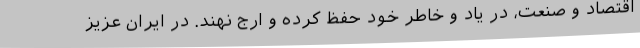
اقتصاد و صنعت، در ياد و خاطر خود حفظ کرده و ارج نهند. در ايران عزيز